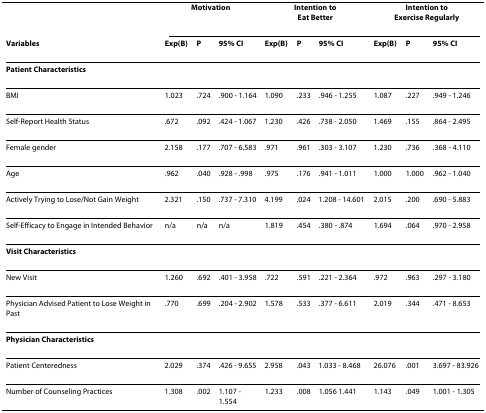
<table><thead><tr><td></td><td colspan="3"><b>Motivation</b></td><td colspan="3"><b>Intention toEat Better</b></td><td colspan="3"><b>Intention toExercise Regularly</b></td></tr><tr><td><b>Variables</b></td><td><b>Exp(B)</b></td><td><b>P</b></td><td><b>95% CI</b></td><td><b>Exp(B)</b></td><td><b>P</b></td><td><b>95% CI</b></td><td><b>Exp(B)</b></td><td><b>P</b></td><td><b>95% CI</b></td></tr></thead><tbody><tr><td><b>Patient Characteristics</b></td><td></td><td></td><td></td><td></td><td></td><td></td><td></td><td></td><td></td></tr><tr><td>BMI</td><td>1.023</td><td>.724</td><td>.900 - 1.164</td><td>1.090</td><td>.233</td><td>.946 - 1.255</td><td>1.087</td><td>.227</td><td>.949 - 1.246</td></tr><tr><td>Self-Report Health Status</td><td>.672</td><td>.092</td><td>.424 - 1.067</td><td>1.230</td><td>.426</td><td>.738 - 2.050</td><td>1.469</td><td>.155</td><td>.864 - 2.495</td></tr><tr><td>Female gender</td><td>2.158</td><td>.177</td><td>.707 - 6.583</td><td>.971</td><td>.961</td><td>.303 - 3.107</td><td>1.230</td><td>.736</td><td>.368 - 4.110</td></tr><tr><td>Age</td><td>.962</td><td>.040</td><td>.928 - .998</td><td>.975</td><td>.176</td><td>.941 - 1.011</td><td>1.000</td><td>1.000</td><td>.962 - 1.040</td></tr><tr><td>Actively Trying to Lose/Not Gain Weight</td><td>2.321</td><td>.150</td><td>.737 - 7.310</td><td>4.199</td><td>.024</td><td>1.208 - 14.601</td><td>2.015</td><td>.200</td><td>.690 - 5.883</td></tr><tr><td>Self-Efficacy to Engage in Intended Behavior</td><td>n/a</td><td>n/a</td><td>n/a</td><td>1.819</td><td>.454</td><td>.380 - .874</td><td>1.694</td><td>.064</td><td>.970 - 2.958</td></tr><tr><td><b>Visit Characteristics</b></td><td></td><td></td><td></td><td></td><td></td><td></td><td></td><td></td><td></td></tr><tr><td>New Visit</td><td>1.260</td><td>.692</td><td>.401 - 3.958</td><td>.722</td><td>.591</td><td>.221 - 2.364</td><td>.972</td><td>.963</td><td>.297 - 3.180</td></tr><tr><td>Physician Advised Patient to Lose Weight in Past</td><td>.770</td><td>.699</td><td>.204 - 2.902</td><td>1.578</td><td>.533</td><td>.377 - 6.611</td><td>2.019</td><td>.344</td><td>.471 - 8.653</td></tr><tr><td><b>Physician Characteristics</b></td><td></td><td></td><td></td><td></td><td></td><td></td><td></td><td></td><td></td></tr><tr><td>Patient Centeredness</td><td>2.029</td><td>.374</td><td>.426 - 9.655</td><td>2.958</td><td>.043</td><td>1.033 - 8.468</td><td>26.076</td><td>.001</td><td>3.697 - 83.926</td></tr><tr><td>Number of Counseling Practices</td><td>1.308</td><td>.002</td><td>1.107 -1.554</td><td>1.233</td><td>.008</td><td>1.056 1.441</td><td>1.143</td><td>.049</td><td>1.001 - 1.305</td></tr></tbody></table>